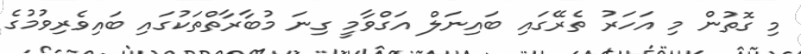
މި ގޮތުން މި އަހަރު ތެރޭގައި ބައިނަލް އަގްވާމީ ގިނަ މުބާރާތްތަކުގައި ބައިވެރިވުމުގެ